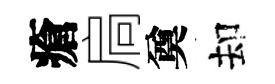
瘡扃奠却